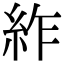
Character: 䋏